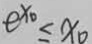
e ^ { x _ { 0 } } \leq x _ { 0 }